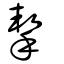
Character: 挈